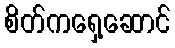
စိတ်ကရှေ့ဆောင်